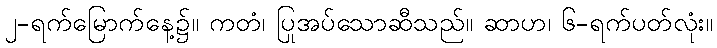
၂-ရက်မြောက်နေ့၌။ ကတံ၊ ပြုအပ်သောဆီသည်။ ဆာဟ၊ ၆-ရက်ပတ်လုံး။